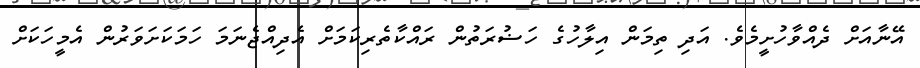
އޭނާއަށް ދެއްވާހުށީމެވެ. އަދި ތިމަން އިލާހުގެ ހަޟުރަތުން ރައްކާތެރިކަމަށް އެދިއްޖެނަމަ ހަމަކަށަވަރުން އެމީހަކަށް